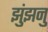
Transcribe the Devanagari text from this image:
झुंझनु